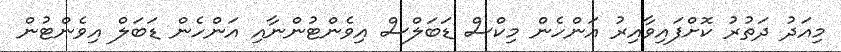
މިއަދު ދަތުރު ކޮށްފައިވާއިރު އަންހެން މިކްސް ޑަބަލްސް އިވެންޓުންނާއި އަންހެން ޑަބަލް އިވެންޓުން